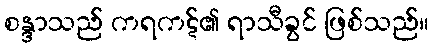
စန္ဒာသည် ကရကဋ်၏ ရာသီခွင် ဖြစ်သည်။